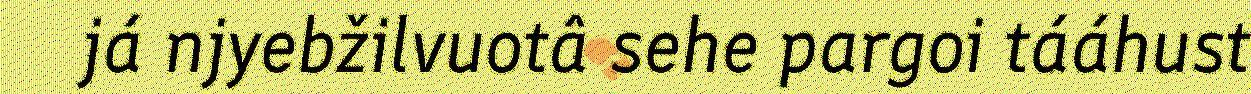
já njyebžilvuotâ sehe pargoi tááhust